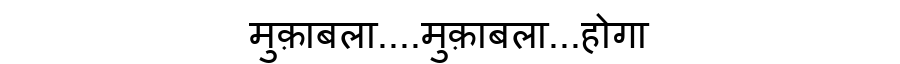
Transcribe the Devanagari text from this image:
मुक़ाबला....मुक़ाबला...होगा